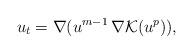
LaTeX: \begin{align*}u_t=\nabla (u^{m-1}\, \nabla {\mathcal K} (u^p)),\end{align*}